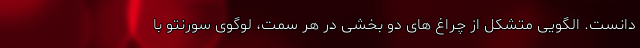
دانست. الگویی متشکل از چراغ های دو بخشی در هر سمت، لوگوی سورنتو با